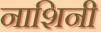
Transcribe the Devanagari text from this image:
नाशिनी